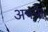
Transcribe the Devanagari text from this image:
अफ्फे